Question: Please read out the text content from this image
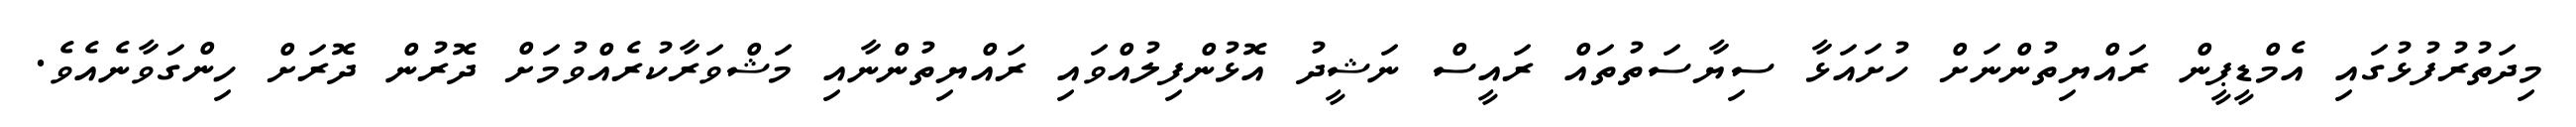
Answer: މިދަތުރުފުޅުގައި އެމްޑީޕީން ރައްޔިތުންނަށް ހުށައަޅާ ސިޔާސަތުތައް ރައީސް ނަޝީދު އޮޅުންފިލުއްވައި ރައްޔިތުންނާއި މަޝްވަރާކުރެއްވުމަށް ދޮރުން ދޮރަށް ހިންގަވާނެއެވެ.